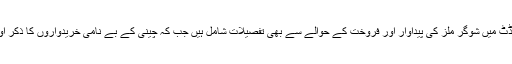
جیو نیوز نے ذرائع کے حوالے سے بتایا ہے کہ فرانزک آڈٹ میں شوگر ملز کی پیداوار اور فروخت کے حوالے سے بھی تفصیلات شامل ہیں جب کہ چینی کے بے نامی خریدواروں کا ذکر اور ای سی سی کے فیصلے سے متعلق امور بھی شامل ہیں۔